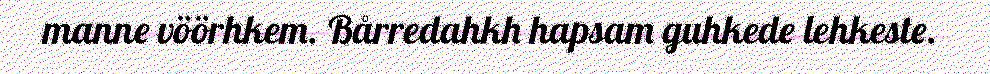
manne vöörhkem. Bårredahkh hapsam guhkede lehkeste.